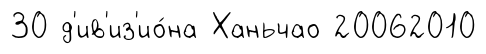
30 д'ив'из'ио́на Ханьчао 20062010